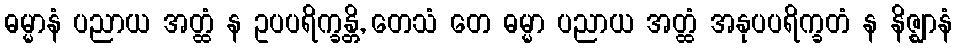
ဓမ္မာနံ ပညာယ အတ္ထံ န ဥပပရိက္ခန္တိ, တေသံ တေ ဓမ္မာ ပညာယ အတ္ထံ အနုပပရိက္ခတံ န နိဇ္ဈာနံ